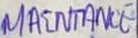
Text: MAINTANCE